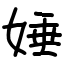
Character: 娷